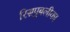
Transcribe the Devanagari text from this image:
रिसपुबलीका